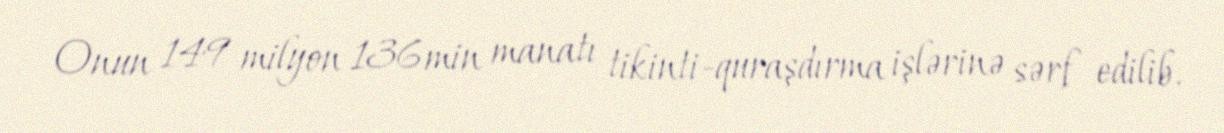
Onun 149 milyon 136 min manatı tikinti-quraşdırma işlərinə sərf edilib.